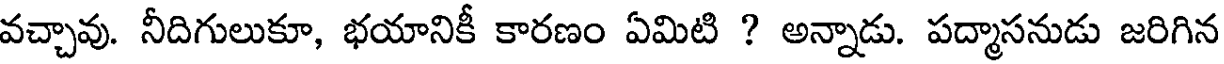
వచ్చావు. నీదిగులుకూ, భయానికీ కారణం ఏమిటి ? అన్నాడు. పద్మాసనుడు జరిగిన